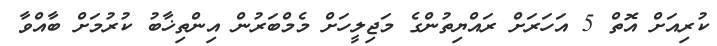
ކުރިއަށް އޮތް 5 އަހަރަށް ރައްޔިތުންގެ މަޖިލީހަށް މެމްބަރުން އިންތިޚާބު ކުރުމަށް ބާއްވާ